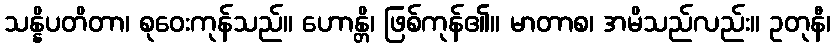
သန္နိပတိတာ၊ စုဝေးကုန်သည်။ ဟောန္တိ၊ ဖြစ်ကုန်၏။ မာတာစ၊ အမိသည်လည်း။ ဥတုနီ၊